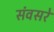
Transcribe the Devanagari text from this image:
संवसरे